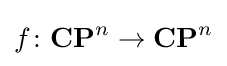
f\colon \mathbf {CP} ^{n}\to \mathbf {CP} ^{n}